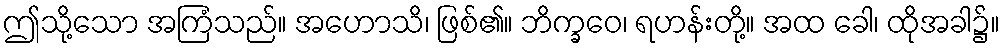
ဤသို့သော အကြံသည်။ အဟောသိ၊ ဖြစ်၏။ ဘိက္ခဝေ၊ ရဟန်းတို့။ အထ ခေါ၊ ထိုအခါ၌။